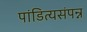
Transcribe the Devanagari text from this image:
पांडित्यसंपन्न